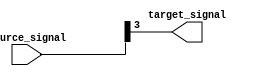
module bit_select_assign_example (
    input [7:0] source_signal,
    output reg target_signal
);

always @( * ) begin
    target_signal = source_signal[3]; // Assigning bit 3 from source_signal to target_signal
end

endmodule